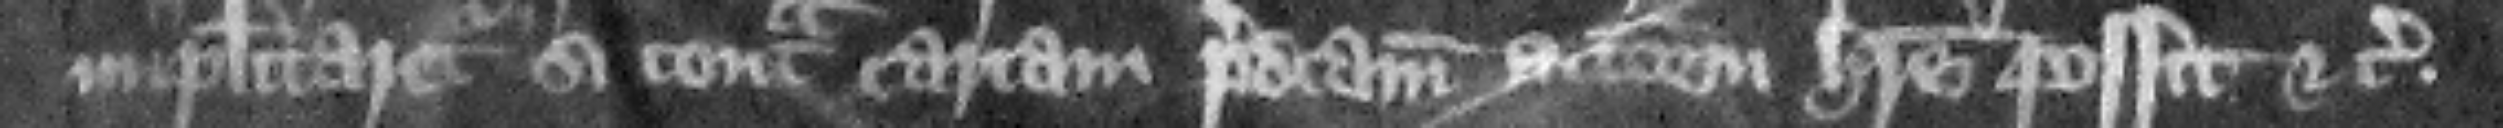
implacitaretur. si contra cartam predictam accionem habere possit etc.